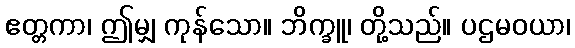
ဧတ္တကာ၊ ဤမျှ ကုန်သော။ ဘိက္ခူ၊ တို့သည်။ ပဌမဝယာ၊